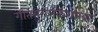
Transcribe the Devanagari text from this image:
गीतयुगलकैशोरकः